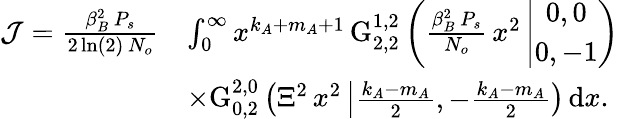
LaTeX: \begin{array}{rl}{\mathcal{J}=\frac{\beta_{B}^{2}\, P_{s}}{2\ln(2)\, N_{o}}}&{\int_{0}^{\infty}x^{k_{A}+m_{A}+1}\, \mathrm{G}_{2,2}^{1,2}\left(\frac{\beta_{B}^{2}\, P_{s}}{N_{o}}\, x^{2}\left|\begin{array}{c}{0,0}\\ {0,-1}\end{array}\right.\right)}\\ &{\times\mathrm{G}_{0,2}^{2,0}\left({\Xi^{2}\, x^{2}}\left|\begin{array}{c}{\frac{k_{A}-m_{A}}{2},-\frac{k_{A}-m_{A}}{2}}\end{array}\right.\right)\, \mathrm{d}x.}\end{array}